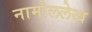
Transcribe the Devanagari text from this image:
नामोललेख